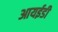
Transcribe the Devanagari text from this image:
आयईडी